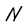
Character: N